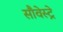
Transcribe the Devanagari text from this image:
सौवेस्ट्रे